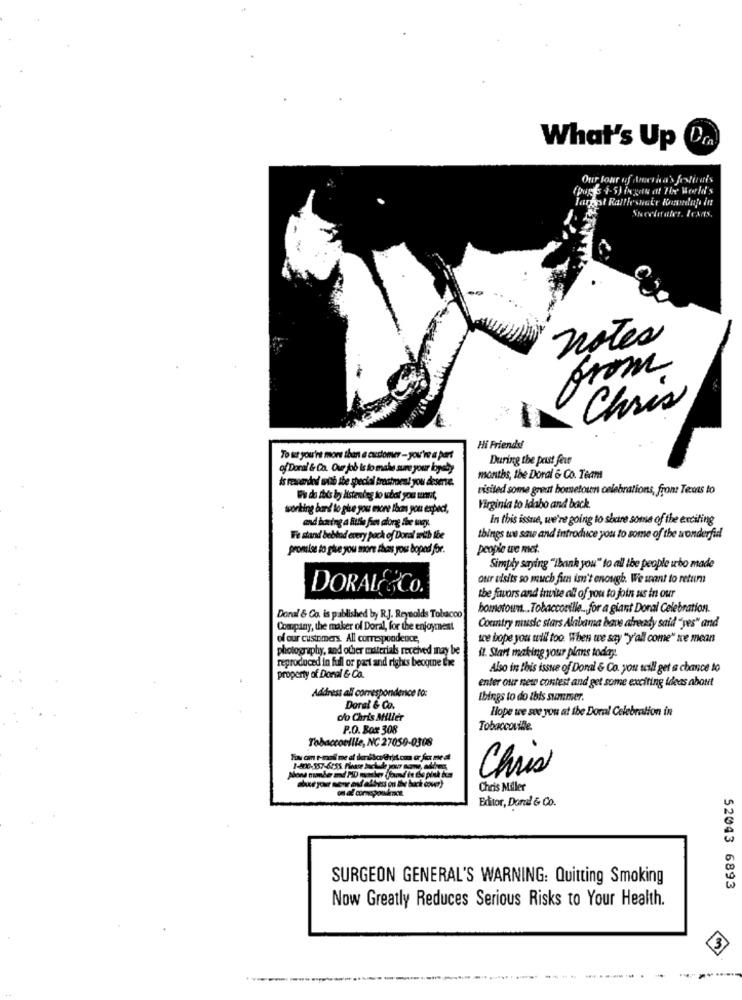
What's Up Cin
Our Jour of America's festivais
(pop's 4-SJ ingotu at The World's
fareast Rattlesnake Boundlap in
notes
from
Chris
Hi Friends!
To ut you're more than a customer - you're a part
During the past fear
of Doral & Co. Our job Is to make sure your loyeby
is reaverded with the special trostmen! you deserte.
months, the Doral & Co. Team
visited some great borsetoun celebrations, from: Texas to
Wh do this by itstenteg to what you want,
sorting band to give you more Iban you expect,
Virginia to Idabo and back.
In this issue, we're going to share some of the exciting
Fe stand bebtad every pack of Doral with the
things we sawe and introduce you to some of the aronderfid
promise to give you more than you: boped for.
people ue met.
Simply saying "Ibank you" to all the people ibo made
our eisits so much fim isn't enough. We sant to retum
DORALE&CO.
the favors and inuite all of you to join us in our
hometown. . Tobaccoville. for a giant Doral Celebration.
Donal & Co. is published by R.J. Reynolds Tobacco
Company, the maker of Doral, for the enjoyment
Country music stars Alabama bave already said "yes" and
of our customers. All correspondence,
we hope you tell too. When we say "y'all come" ke mean
photography, and other materials received may be
il. Start making your plans today.
reproduced in full or part and rights beogine tie
Also in this issue of Doral & Co. you scill get a chance to
property of Donal & Co.
enter our neto contest and get some exciting ideas about
Address all correspondence to:
Ibings to do this summer.
Doral & Co.
o/o Chris Miller
Hope we see you at the Doral Celebration in
P.O. Box 308
Tobaccoville.
Tobaccoellle, NC 27050-0308
Chris
Chris Miller
Editor, Doral & Co.
SURGEON GENERAL'S WARNING: Quitting Smoking
52043 6893
Now Greatly Reduces Serious Risks to Your Health.
3